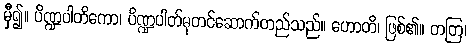
မှီ၍။ ပိဏ္ဍပါတိကော၊ ပိဏ္ဍပါတ်ဓုတင်ဆောက်တည်သည်။ ဟောတိ၊ ဖြစ်၏။ တတြ၊